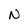
Character: N